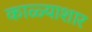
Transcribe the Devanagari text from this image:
काळ्याशार